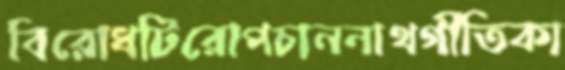
বিরোধটিরোপচাননাথগীতিকা